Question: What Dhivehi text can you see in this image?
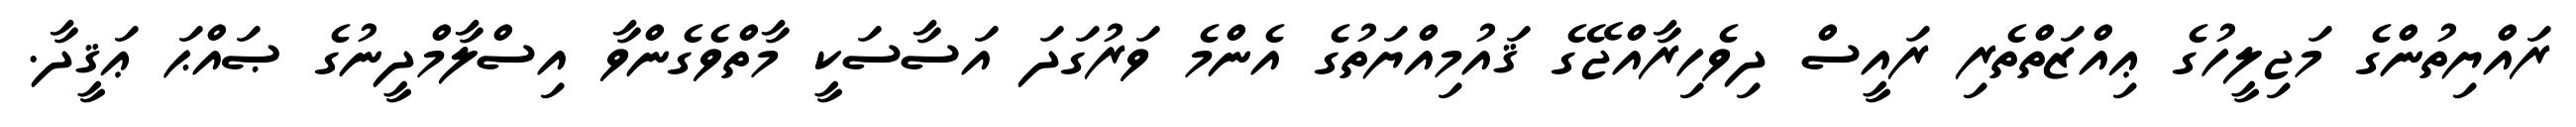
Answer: ރައްޔިތުންގެ މަޖިލީހުގެ ޢިއްޒަތްތެރި ރައީސް ދިވެހިރާއްޖޭގެ ޤައުމިއްޔަތުގެ އެންމެ ވަރުގަދަ އަސާސަކީ މާތްވެގެންވާ އިސްލާމްދީނުގެ ޞައްޙަ ޢަޤީދާ.